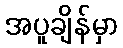
အပူချိန်မှာ